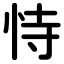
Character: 恃